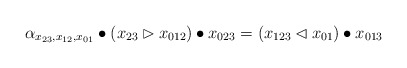
\begin{align*}\alpha_{x_{23},x_{12},x_{01}}\bullet(x_{23}\rhd x_{012})\bullet x_{023}=(x_{123}\lhd x_{01})\bullet x_{013}\end{align*}